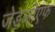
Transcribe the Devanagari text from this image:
जेडजीएफ